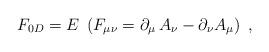
LaTeX: \begin{align*}F_{0D} =E \;\left(F_{\mu \nu} = \partial_\mu\,A_{\nu} - \partial _{\nu} A_\mu\right)\;,\end{align*}